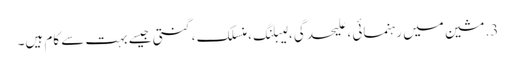
3. مشین میں رہنمائی ، علیحدگی ، لیبلنگ ، منسلک ، گنتی جیسے بہت سے کام ہیں۔